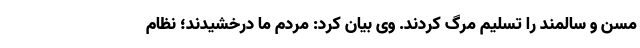
مسن و سالمند را تسلیم مرگ کردند. وی بیان کرد: مردم ما درخشیدند؛ نظام